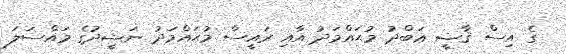
ގެ އިސް ޤާޟީ ޢަބްދު މުޙައްމަދު އާއި ރައީސް މުޙައްމަދު ނަޝީދުގެ މައްސަލަ